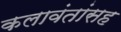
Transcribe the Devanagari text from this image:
कलावंतांसह